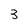
Character: 3